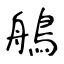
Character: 鵃